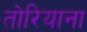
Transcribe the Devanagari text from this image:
तोरियाना